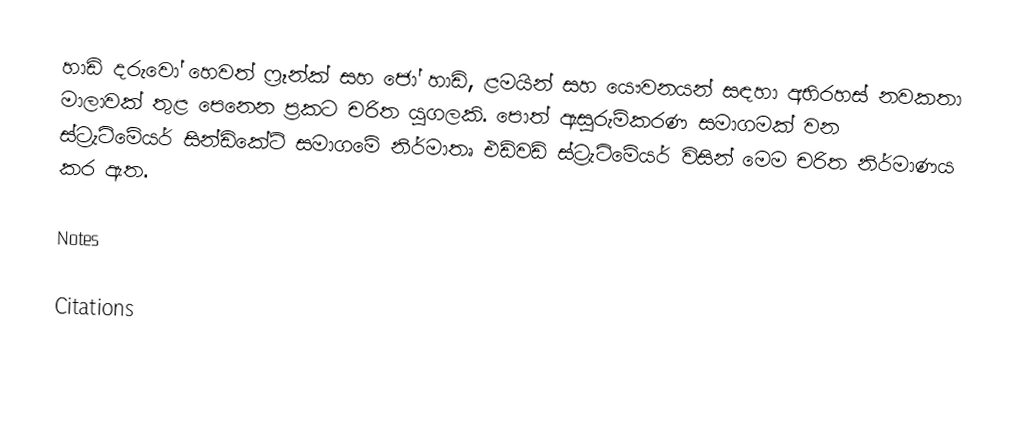
හාඩි දරුවෝ හෙවත් ෆ්‍රෑන්ක් සහ ජෝ හාඩි, ළමයින් සහ යෞවනයන් සඳහා අභිරහස් නවකතා මාලාවක් තුළ පෙනෙන ප්‍රකට චරිත යුගලකි. පොත් ඇසුරුම්කරණ සමාගමක් වන ස්ට්‍රැටිමේයර් සින්ඩිකේට් සමාගමේ නිර්මාතෘ එඩ්වඩ් ස්ට්‍රැටිමේයර් විසින් මෙම චරිත නිර්මාණය කර ඇත.

Notes

Citations